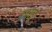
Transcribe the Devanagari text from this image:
लाठू